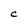
Character: C